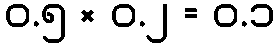
၀.၅ × ၀.၂ = ၀.၁